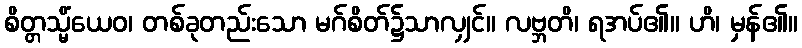
စိတ္တသ္မိံယေဝ၊ တစ်ခုတည်းသော မဂ်စိတ်၌သာလျှင်။ လဗ္ဘတိ၊ ရအပ်၏။ ဟိ၊ မှန်၏။